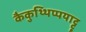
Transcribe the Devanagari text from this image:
कैकुथ्थिप्पयाट्टू